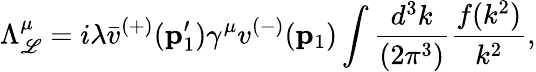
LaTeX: \Lambda_{\mathscr{L}}^{\mu}=i\lambda\bar{{v}}^{(+)}({\mathbf{p}}_{1}^{\prime})\gamma^{\mu}v^{(-)}({\mathbf{p}}_{1})\int\frac{{d^{3}k}}{{(2\pi^{3})}}\frac{{f(k^{2})}}{{k^{2}}},